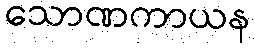
သောဏကာယန